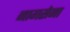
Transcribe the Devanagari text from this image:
नागसेना